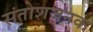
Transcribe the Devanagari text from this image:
संतोशजनक